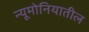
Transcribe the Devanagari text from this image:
न्यूमोनियातील